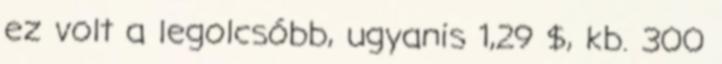
ez volt a legolcsóbb, ugyanis 1,29 $, kb. 300